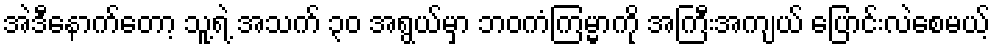
အဲဒီနောက်တော့ သူ့ရဲ့ အသက် ၃၀ အရွယ်မှာ ဘဝကံကြမ္မာကို အကြီးအကျယ် ပြောင်းလဲစေမယ့်